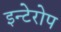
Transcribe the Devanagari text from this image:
इन्टेरोप